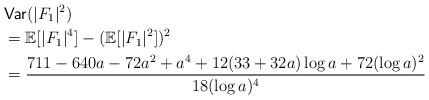
LaTeX: \begin{align*}&\textsf{Var}(|F_1|^2) \\&= \mathbb{E}[|F_1|^4] - (\mathbb{E}[|F_1|^2])^2 \\&= \frac{711 - 640 a - 72 a^2 + a^4 + 12 (33 + 32 a) \log{a} + 72 (\log{a})^2}{18 (\log{a})^4}\end{align*}